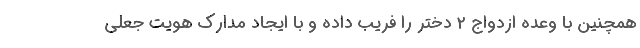
همچنین با وعده ازدواج ۲ دختر را فریب داده و با ایجاد مدارک هویت جعلی